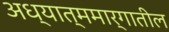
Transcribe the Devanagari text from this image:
अध्यात्ममार्गातील